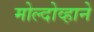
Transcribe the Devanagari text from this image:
मोल्दोव्हाने